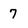
Character: 7